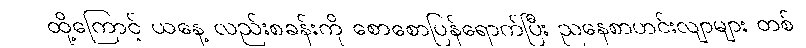
ထို့ကြောင့် ယနေ့ လည်းစခန်းကို စောစောပြန်ရောက်ပြီး ညနေစာဟင်းလျာများ တစ်